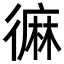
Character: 𪎓